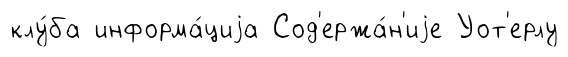
клу́ба информа́циjа Сод'ержа́н'иjе Уот'ерлу